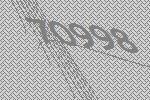
70998